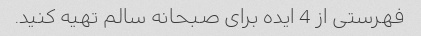
فهرستی از 4 ایده برای صبحانه سالم تهیه کنید.